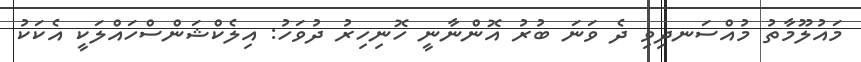
މައުލޫމާތު މުއްސަނދިވި ދެ ވަނަ ބުރު އޮންނާނީ ހޮނިހިރު ދުވަހު: އިލެކްޝަންސްހައްލަކީ އެކަކު